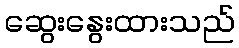
ဆွေးနွေးထားသည်